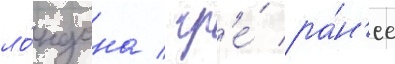
ло́ндона / гд'е́ ра́н'ее